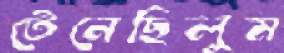
টেনেছিলুম